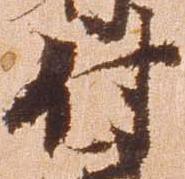
付